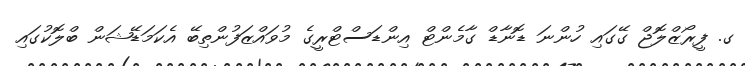
ގ. ފީރޯޒްލޮޖް ގޭގައި ހުންނަ ޑޮނާޑް ގާމެންޓް އިންޑަސްޓްރީގެ މުވައްޒަފުންތިބޭ އެކަމަޑޭޝަން ބްލޮކުގައި